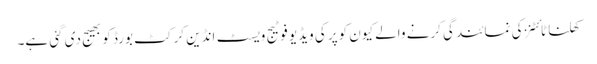
کھلنا ٹائٹنز کی نمائندگی کرنے والے کیون کوپر کی ویڈیو فوٹیج ویسٹ انڈین کرکٹ بورڈ کو بھیج دی گئی ہے۔